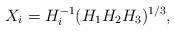
LaTeX: \begin{align*}X_{i} = H_i^{-1} (H_1 H_2 H_3)^{1/3},\end{align*}